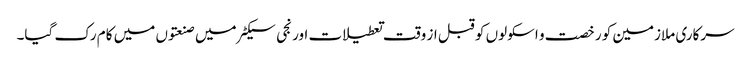
سرکاری ملازمین کو رخصت و اسکولوں کو قبل از وقت تعطیلات اور نجی سیکٹر میں صنعتوں میں کام رک گیا۔